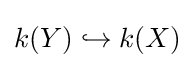
k(Y)\hookrightarrow k(X)